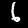
Digit: 6